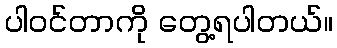
ပါဝင်တာကို တွေ့ရပါတယ်။